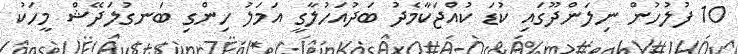
10 ފުލުހުން ނިލަންދޫގައި ކުޑަ ކުއްޖަކާމެދު ބަދުއަހުލާގީ އަމަލު ހިންގި ބަނގުލަދޭޝް މީހަކު